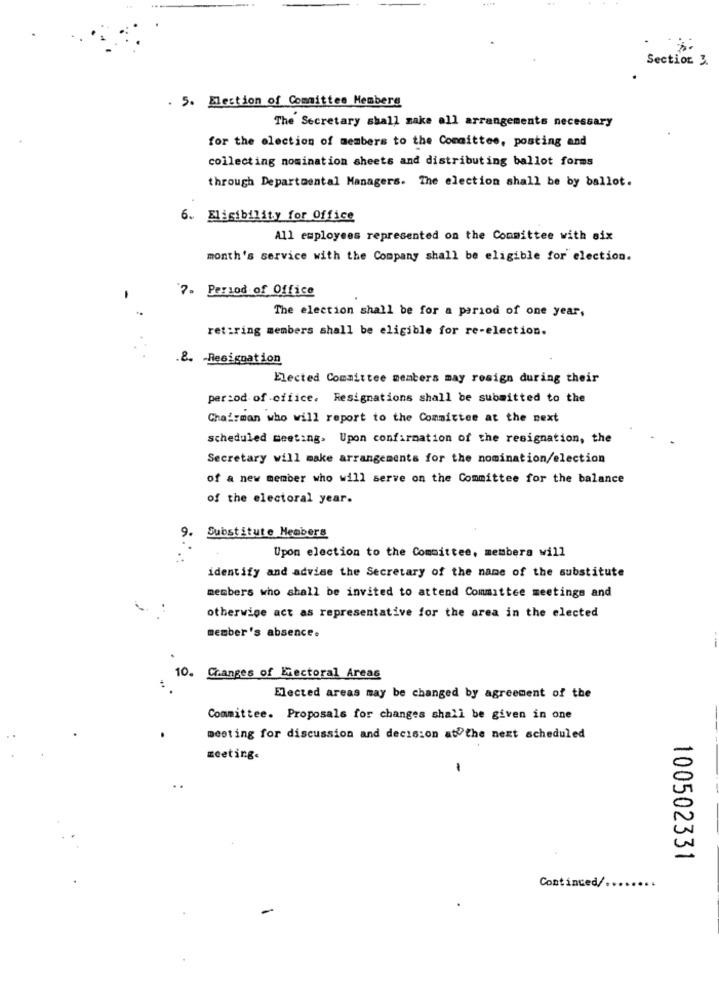
Section 3.
. 5. Election of Committee Memberg
The Secretary shall make all arrangements necessary
for the election of members to the Committee, posting and
collecting nomination sheets and distributing ballot forms
through Departmental Managers. The election shall be by ballot.
6. Eligibility for Office
All employees represented on the Committee with six
month's service with the Company shall be eligible for election.
7. Period of Office
The election shall be for a period of one year.
retiring members shall be eligible for re-election.
.&. - Resignation
Elected Committee members may resign during their
per:od of office. Resignations shall be submitted to the
Chairman who will report to the Committee at the next
scheduled meeting. Upon confirmation of the resignation, the
Secretary will make arrangements for the nomination/election
of a new member who will serve on the Committee for the balance
of the electoral year.
9. Substitute Hembers
Upon election to the Committee, membera will
identify and advise the Secretary of the name of the substitute
members who shall be invited to attend Committee meetings and
otherwise act as representative for the area in the elected
member's absence.
10. Changes of Electoral Areas
Elected areas may be changed by agreement of the
Committee. Proposals for changes shall be given in one
meeting for discussion and decision at the next scheduled
meeting.
-
..
100502331
Continced/ ..